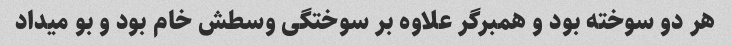
هر دو سوخته بود و همبرگر علاوه بر سوختگی وسطش خام بود و بو میداد